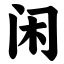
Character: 闲